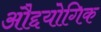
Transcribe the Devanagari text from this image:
औद्दयोगिक